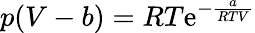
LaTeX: p(V-b)=RT\mathrm{e}^{-{\frac{{a}}{{RTV}}}}